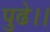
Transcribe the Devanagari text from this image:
पुढे।।